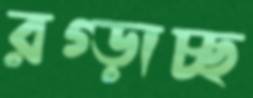
রগ্‌ড়াচ্ছ